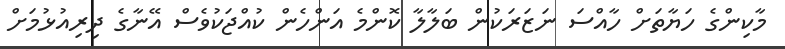
މާކިންގެ ހަޔާތަށް ހާއްސަ ނަޒަރަކުން ބަލާލާ ކޮންމެ އަންހެން ކުއްޖަކުވެސް އޭނާގެ ދިރިއުޅުމަށް